Report on the working of the Ranchi Indian Mental Hospital, Kanke, in Bihar and Orissa - 1930-1940
Year: 1930
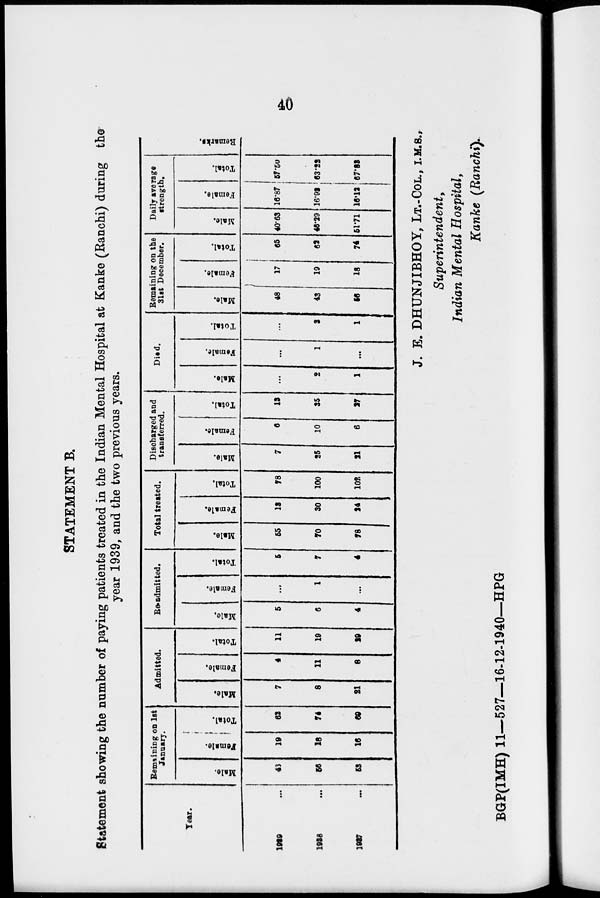
40
STATEMENT B.
Statement showing the number of paying patients treated in the Indian Mental Hospital at Kanke (Ranchi) during the
year 1939, and the two previous years.
Year.
1939 ...
1938 ...
1937
...
Remaining on 1st
January.
Male.
43
56
53
Female.
19
18
16
Total.
62
74
69
Admitted.
Male.
7
8
21
Female.
4
11
6
Total.
11
19
29
Re-admitted.
Male.
5
6
4
Female.
...
1
...
Total.
5
7
4
Total treated.
Male.
55
70
78
Female.
12
30
24
Total.
78
100
102
Discharged and
transferred.
Male.
7
25
21
Female.
6
10
6
Total.
13
35
27
Died.
Male.
...
2
1
Female.
...
1
...
Total.
...
3
1
Remaining on the
31st December.
Male.
48
43
56
Female.
17
19
18
Total.
65
62
74
Daily average
strength.
Male.
40.63
46.29
51.71
Female.
16.87
16.93
16.12
Total.
57.50
63.22
67.83
Remarks.
|
J. E. DHUNJIBHOY, LT.-COL., I.M.S.,
Superintendent,
Indian Mental Hospital,
Kanke (Ranchi).
BGP(IMH) 11—527—16-12-1940—HPG